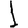
Digit: 1